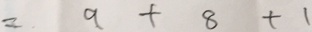
= 9 + 8 + 1